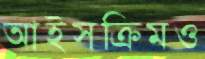
আইসক্রিমও